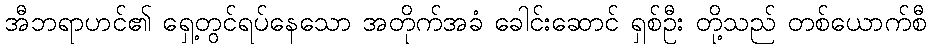
အီဘရာဟင်၏ ရှေ့တွင်ရပ်နေသော အတိုက်အခံ ခေါင်းဆောင် ရှစ်ဦး တို့သည် တစ်ယောက်စီ